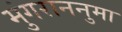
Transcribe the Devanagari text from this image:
मुंगराननुमा